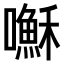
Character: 𫬥